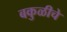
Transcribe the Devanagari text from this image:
बकुळीचे